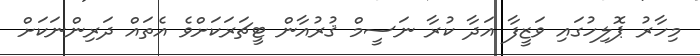
މިހާރު ޕޮލިހުގައި ވަޒީފާ އަދާ ކުރާ ނަސީމް ޤުރުއާން ޓީޗަރަކަށްވެ އެތައް ދަރިންނަކަށް